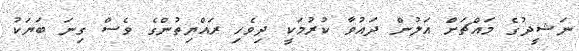
ނަޝީދުގެ މައްޗަށް އަލުން ދައުވާ ކުރުމަކީ ދިވެހި ރައްޔިތުންގެ ވެސް ގިނަ ބަޔަކު